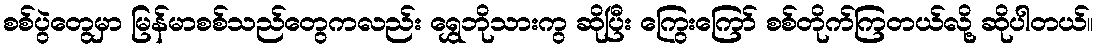
စစ်ပွဲတွေမှာ မြန်မာစစ်သည်တွေကလည်း ရွှေဘိုသားကွ ဆိုပြီး ကြွေးကြော် စစ်တိုက်ကြတယ်လို့ ဆိုပါတယ်။